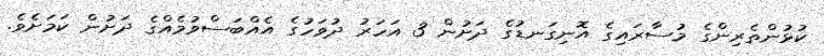
ކުޅުންތެރިންގެ މުސާރައިގެ އޮނިގަނޑުގެ ދަށުން 3 އަހަރު ދުވަހުގެ އެއްބަސްވުމެއްގެ ދަށުން ކަމަށެވެ.